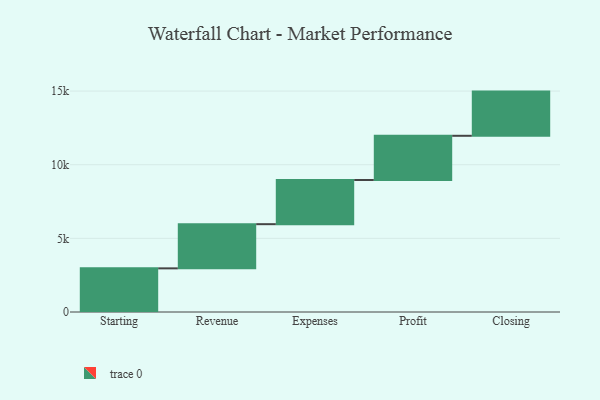
{"axis": {"x": "Step", "y": "Value"}, "legend": [""], "data": [{"x": "Starting", "y": 2963.0, "type": ""}, {"x": "Revenue", "y": 3000, "type": ""}, {"x": "Expenses", "y": 3000, "type": ""}, {"x": "Profit", "y": 3000, "type": ""}, {"x": "Closing", "y": 3000, "type": ""}]}